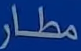
مطار